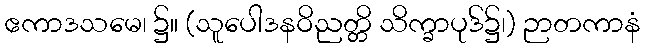
ဧကာဒသမေ၊ ၌။ (သူပေါဒနဝိညတ္တိ သိက္ခာပုဒ်၌၊) ဉာတကာနံ